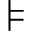
\models